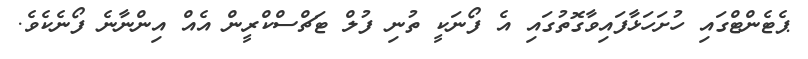
ޕެޓެންޓްގަައި ހުށަހަޅާފައިވާގޮތުގައި އެ ފޯނަކީ ތުނި ފުލް ޓަޗްސްކްރީން އެއް އިންނާނެ ފޯނެކެވެ.